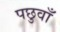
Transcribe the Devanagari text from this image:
पछुवाँ